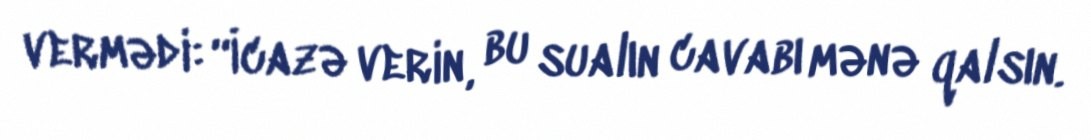
vermədi: “İcazə verin, bu sualın cavabı mənə qalsın.